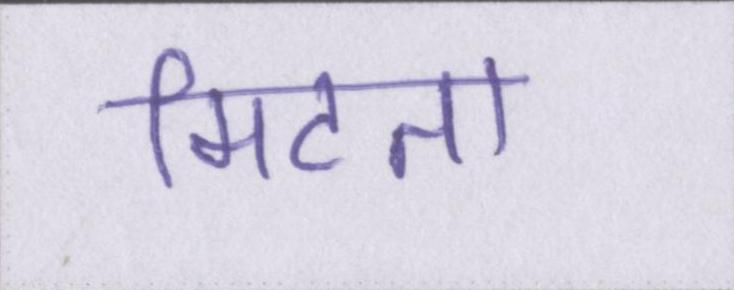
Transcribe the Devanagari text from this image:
मिटता